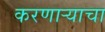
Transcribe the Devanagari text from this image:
करणाऱ्याचा